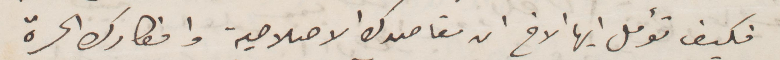
فكيف تؤمل أيها الأخ ان مقاصدك الإصلاحية افكارم الحرة